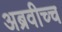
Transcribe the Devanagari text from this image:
अब्रवीच्च